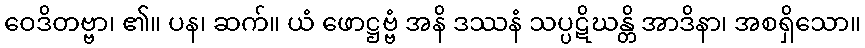
ဝေဒိတဗ္ဗာ၊ ၏။ ပန၊ ဆက်။ ယံ ဖောဋ္ဌဗ္ဗံ အနိ ဒဿနံ သပ္ပဋိဃန္တိ အာဒိနာ၊ အစရှိသော။